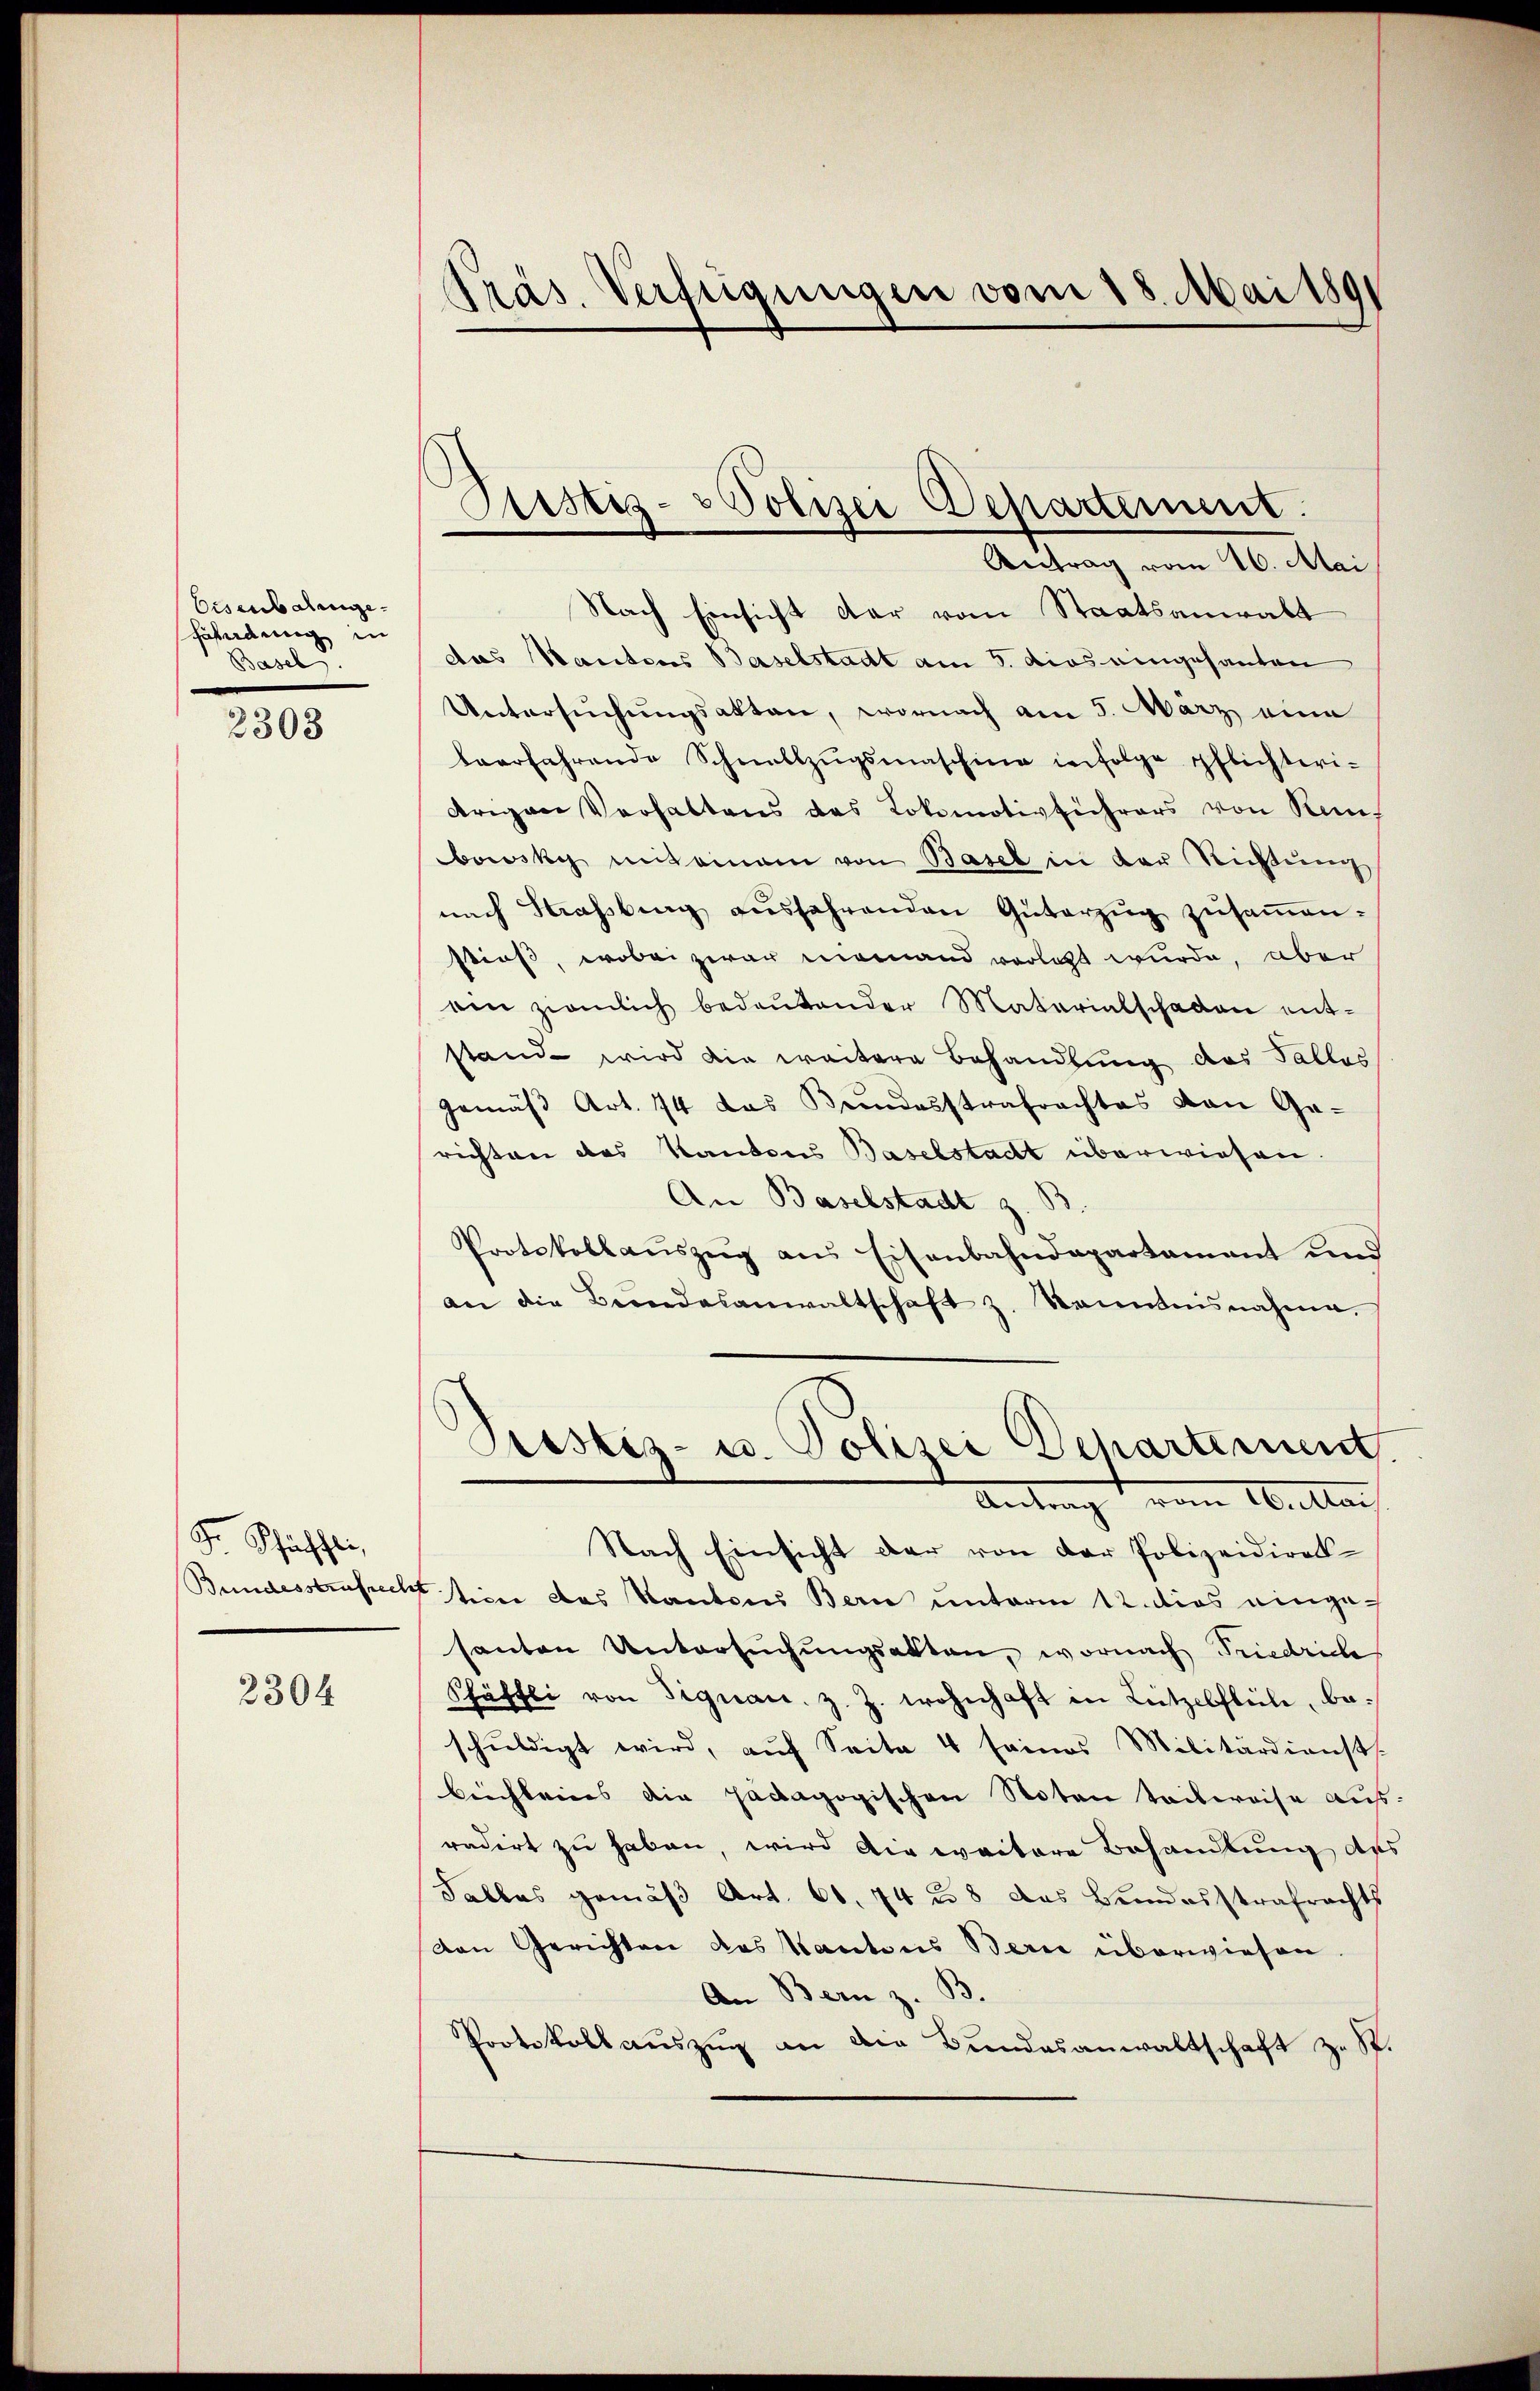
Eisenbahnge¬
Fahndung in
Basel.

2303

Fr Pfähli,
Bundesstrafrecht

2304

Präs. Verfügungen vom 18. Mai 1891

Justiz- & Polizei Departement.
Antrag vom 16. Mai

Nach Einsicht der vom Staatsanwalt
das Kantons Baselstadt am 5. dies eingesanten
Untersuchungsakten, wornach am 5. März eine
beerfahrende Schnellzŭgsmaschine infolge pflichteri-
Arigaer Verhaltens des Lokomotivführers von Kanbowsky miteinem von Basel in der Richtŭng
nach Straßburg aŭsfahrenden Güterzŭg zŭsaṁen-
stieß, wobei zwar niemand vorlegt wurde, aber
aen ziemlich bedeŭtender Materialschaden ent-
stand wird die weitere Behandlung des Tallas
gemäβ Art. 74 das Bundesstrafrachtes von Ge-
richten des Kantons Baselstadt überwiesen.
An Baselstadt z. B.
Protokollaŭszŭg ans Eisenbahndepartament und
an die Beendesanwaltschaft z. Kenntnisnahme,
Prestiz- u. Polizei Departement
Antrag vom Weillach
Nach Einsicht der von der Polizeidiret-
tion des Kantons Bern unterm 12. dies eingesanten Untersuchungsakten, wornach Friedrich
Schäffli von Signau. z. Z. wohnhaft in Lützelflüle, be-
schuldigt wird, auf Seite 4 seines Militärdienst
beichleines die pädagogischen Noten teilweise aus
radirt zu haben, wird die weitere Behandlung de
Tallas gemäß Art. 66. 74 u. 8 das Bundesstrafrachts
van Gerichten das Kantons Berne überwiesen.
An Bern z. B.
Protokoll auszug an der Bundesanwaltschaft zu S